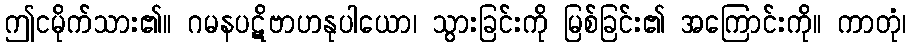
ဤငမိုက်သား၏။ ဂမနပဋိဗာဟနုပါယော၊ သွားခြင်းကို မြစ်ခြင်း၏ အကြောင်းကို။ ကာတုံ၊